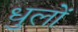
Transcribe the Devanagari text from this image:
धुलों